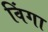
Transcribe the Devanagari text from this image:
विंगा